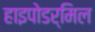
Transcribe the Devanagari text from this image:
हाइपोडर्मिल